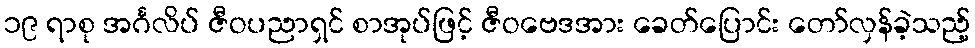
၁၉ ရာစု အင်္ဂလိပ် ဇီဝပညာရှင် စာအုပ်ဖြင့် ဇီဝဗေဒအား ခေတ်ပြောင်း တော်လှန်ခဲ့သည့်